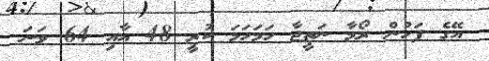
އޭގެ ފަހުން ރޯމާ ނަތީޖާ ހަމަހަމަ ކުރީ 48 އާއި 64 ވަނަ